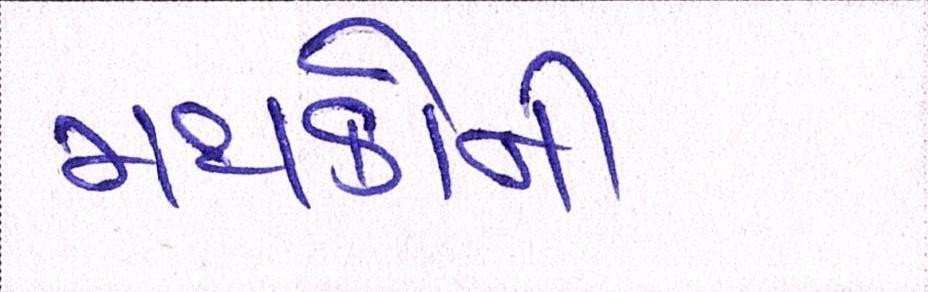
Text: મથકોની